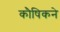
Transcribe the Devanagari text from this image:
कौषिकने